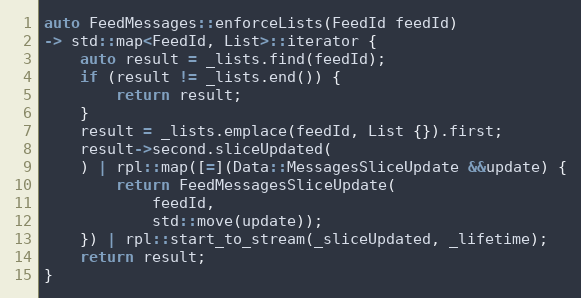
Language: C++
auto FeedMessages::enforceLists(FeedId feedId)
-> std::map<FeedId, List>::iterator {
	auto result = _lists.find(feedId);
	if (result != _lists.end()) {
		return result;
	}
	result = _lists.emplace(feedId, List {}).first;
	result->second.sliceUpdated(
	) | rpl::map([=](Data::MessagesSliceUpdate &&update) {
		return FeedMessagesSliceUpdate(
			feedId,
			std::move(update));
	}) | rpl::start_to_stream(_sliceUpdated, _lifetime);
	return result;
}